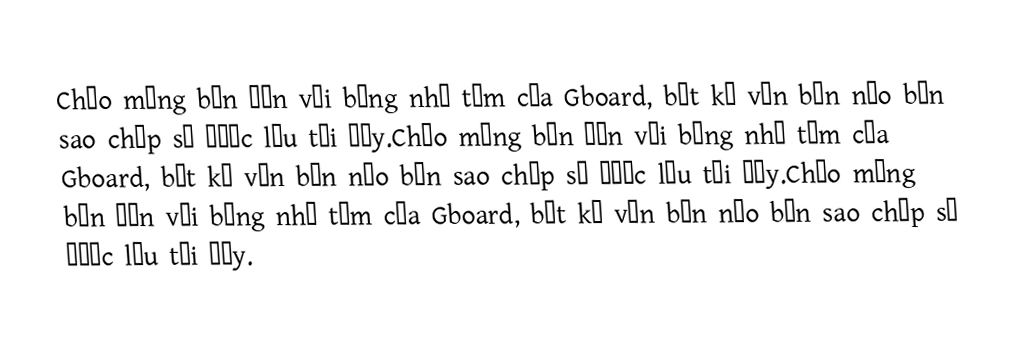
Chào mừng bạn đến với bảng nhớ tạm của Gboard, bất kỳ văn bản nào bạn sao chép sẽ được lưu tại đây.Chào mừng bạn đến với bảng nhớ tạm của Gboard, bất kỳ văn bản nào bạn sao chép sẽ được lưu tại đây.Chào mừng bạn đến với bảng nhớ tạm của Gboard, bất kỳ văn bản nào bạn sao chép sẽ được lưu tại đây.